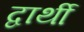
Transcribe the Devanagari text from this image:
द्वार्थी